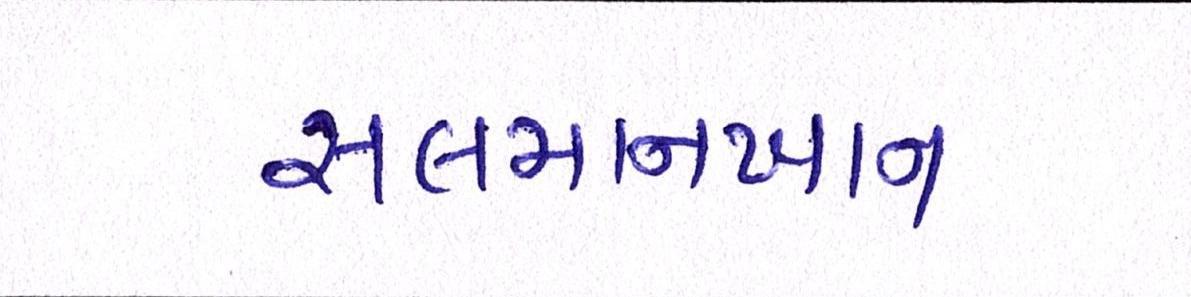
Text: સલમાનખાન